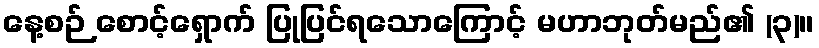
နေ့စဉ် စောင့်ရှောက် ပြုပြင်ရသောကြောင့် မဟာဘုတ်မည်၏ (၃)။